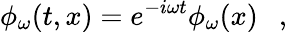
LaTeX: \phi_{\omega}(t,x)=e^{-i\omega t}\phi_{\omega}(x)~~~,